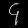
Digit: ၄